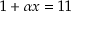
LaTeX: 1 + \alpha x = 1 1